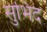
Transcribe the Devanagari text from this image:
सुभिद